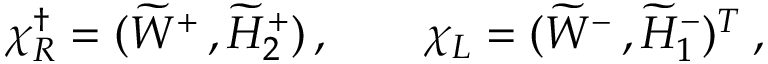
\chi _ { R } ^ { \dagger } = ( { \widetilde W ^ { + } } \, , { \widetilde { H } _ { 2 } ^ { + } } ) \, , \qquad \chi _ { L } = ( { \widetilde { W } ^ { - } } \, , { \widetilde { H } _ { 1 } ^ { - } } ) ^ { T } \: ,